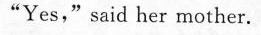
“Yes," said her mother.